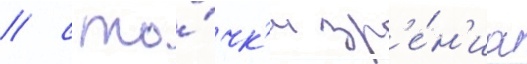
/ с то́чк'и зр'е́н'иа